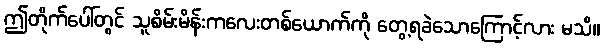
ဤတိုက်ပေါ်တွင် သူစိမ်းမိန်းကလေးတစ်ယောက်ကို တွေ့ရခဲသောကြောင့်လား မသိ။